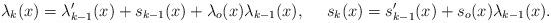
LaTeX: \begin{align*}\lambda_k(x)=\lambda_{k-1}'(x)+s_{k-1}(x)+\lambda_o(x)\lambda_{k-1}(x),\ \ \ \ s_k(x)=s_{k-1}'(x)+s_o(x)\lambda_{k-1}(x).\end{align*}